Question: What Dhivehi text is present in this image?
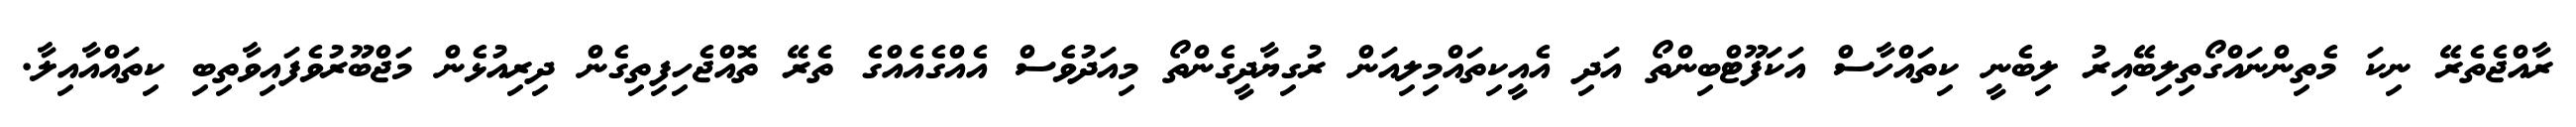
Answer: ރާއްޖެތެރޭ ނިކަ މެތިންނައްގޯތިލިބޭއިރު ލިބެނީ ކިތައްހާސް އަކަފޫޓްބިންތޯ އަދި އެއީކިތައްމިލިއަން ރުގިޔާދީގެންތޯ މިއަދުވެސް އެއްގެއެއްގެ ތެރޭ ތޮއްޖެހިފިތިގެން ދިރިއުޅެން މަޖްބޫރުވެފައިވާތިބި ކިތައްއާއިލާ.